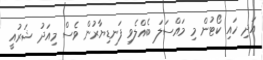
އަދި ހައި ކޯޓުން މި މައްސަލަ ބެއްލެވި ފަނޑިޔާރުން ވެސް މިއަދު ޝަރުއީ